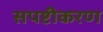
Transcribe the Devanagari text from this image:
सपष्टीकरण